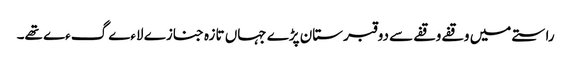
راستے میں وقفے وقفے سے دو قبرستان پڑے جہاں تازہ جنازے لاءے گءے تھے۔